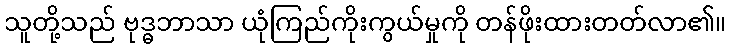
သူတို့သည် ဗုဒ္ဓဘာသာ ယုံကြည်ကိုးကွယ်မှုကို တန်ဖိုးထားတတ်လာ၏။